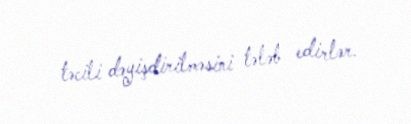
təcili dəyişdirilməsini tələb edirlər.